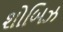
શોબિઝ